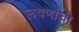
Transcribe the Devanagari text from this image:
लवणांची